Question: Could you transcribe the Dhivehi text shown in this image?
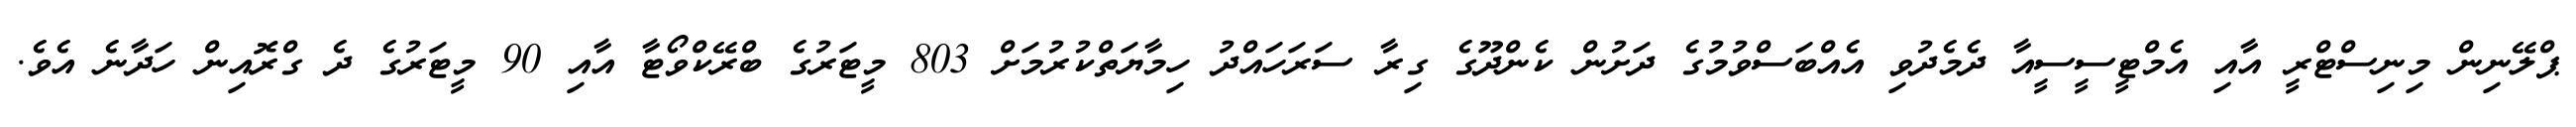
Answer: ޕްލޭނިން މިނިސްޓްރީ އާއި އެމްޓީސީސީއާ ދެމެދުވި އެއްބަސްވުމުގެ ދަށުން ކެންދޫގެ ގިރާ ސަރަހައްދު ހިމާޔަތްކުރުމަށް 803 މީޓަރުގެ ބްރޭކްވޯޓާ އާއި 90 މީޓަރުގެ ދެ ގްރޮއިން ހަދާނެ އެވެ.